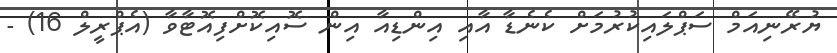
ޔުރޭނިއަމް ސަޕްލައިކުރުމަށް ކެނެޑާ އާއި އިންޑިއާ އިން ސޮއިކޮށްފިއޮޓާވާ (އެޕްރީލް 16) -